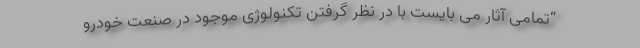
“تمامی آثار می بایست با در نظر گرفتن تکنولوژی موجود در صنعت خودرو